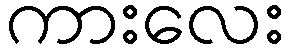
ကားလေး